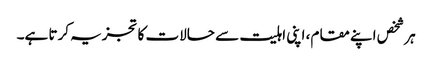
ہر شخص اپنے مقام، اپنی اہلیت سے حالات کا تجزیہ کرتا ہے۔